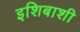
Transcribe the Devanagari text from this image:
इशिबाशी